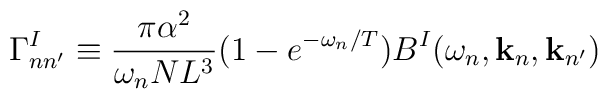
\Gamma^I_{nn'} \equiv \frac{\pi \alpha^2}{\omega_n N L^3}(1-e^{-\omega_n/T}) B^I(\omega_n,{\bf k}_n, {\bf k}_{n'})